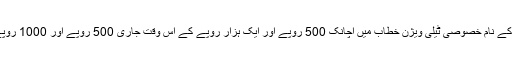
وزیر اعظم نریندر مودی نے 8 نومبر 2016 کی رات آٹھ بجے قوم کے نام خصوصی ٹیلی ویژن خطاب میں اچانک 500 روپے اور ایک ہزار روپے کے اس وقت جاری 500 روپے اور 1000 روپے کے نوٹوں پر عام استعمال کے لئے پابندی لگانے کا اعلان کیا تھا۔